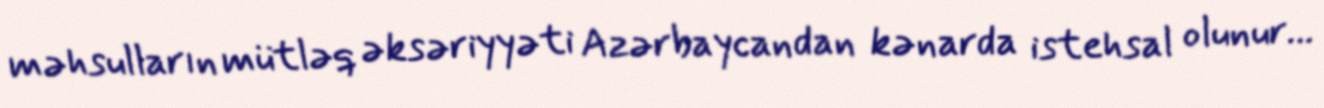
məhsulların mütləq əksəriyyəti Azərbaycandan kənarda istehsal olunur...